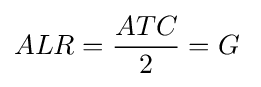
ALR={\frac {ATC}{2}}=G\;